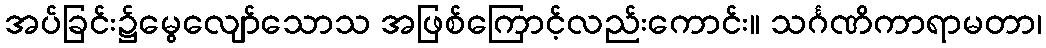
အပ်ခြင်း၌မွေလျော်သောသ အဖြစ်ကြောင့်လည်းကောင်း။ သင်္ဂဏိကာရာမတာ၊